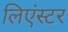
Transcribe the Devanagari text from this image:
लिएंस्टर